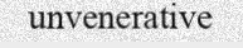
unvenerative